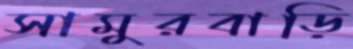
সামুরবাড়ি